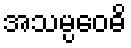
အသမ္ပဝေဓိ